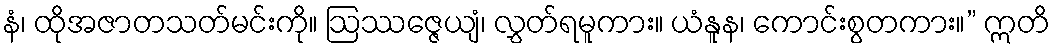
နံ၊ ထိုအဇာတသတ်မင်းကို။ ဩဿဇ္ဇေယျံ၊ လွှတ်ရမူကား။ ယံနူန၊ ကောင်းစွတကား။” ဣတိ